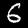
Digit: 6